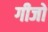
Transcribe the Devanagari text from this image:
गीजो